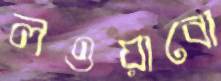
লওয়াবো